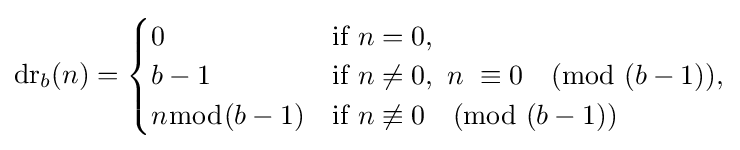
\operatorname {dr} _{b}(n)={\begin{cases}0&{\mbox{if}}\ n=0,\\b-1&{\mbox{if}}\ n\neq 0,\ n\ \equiv 0{\pmod {(b-1)}},\\n{\bmod {(b-1)}}&{\mbox{if}}\ n\not \equiv 0{\pmod {(b-1)}}\end{cases}}